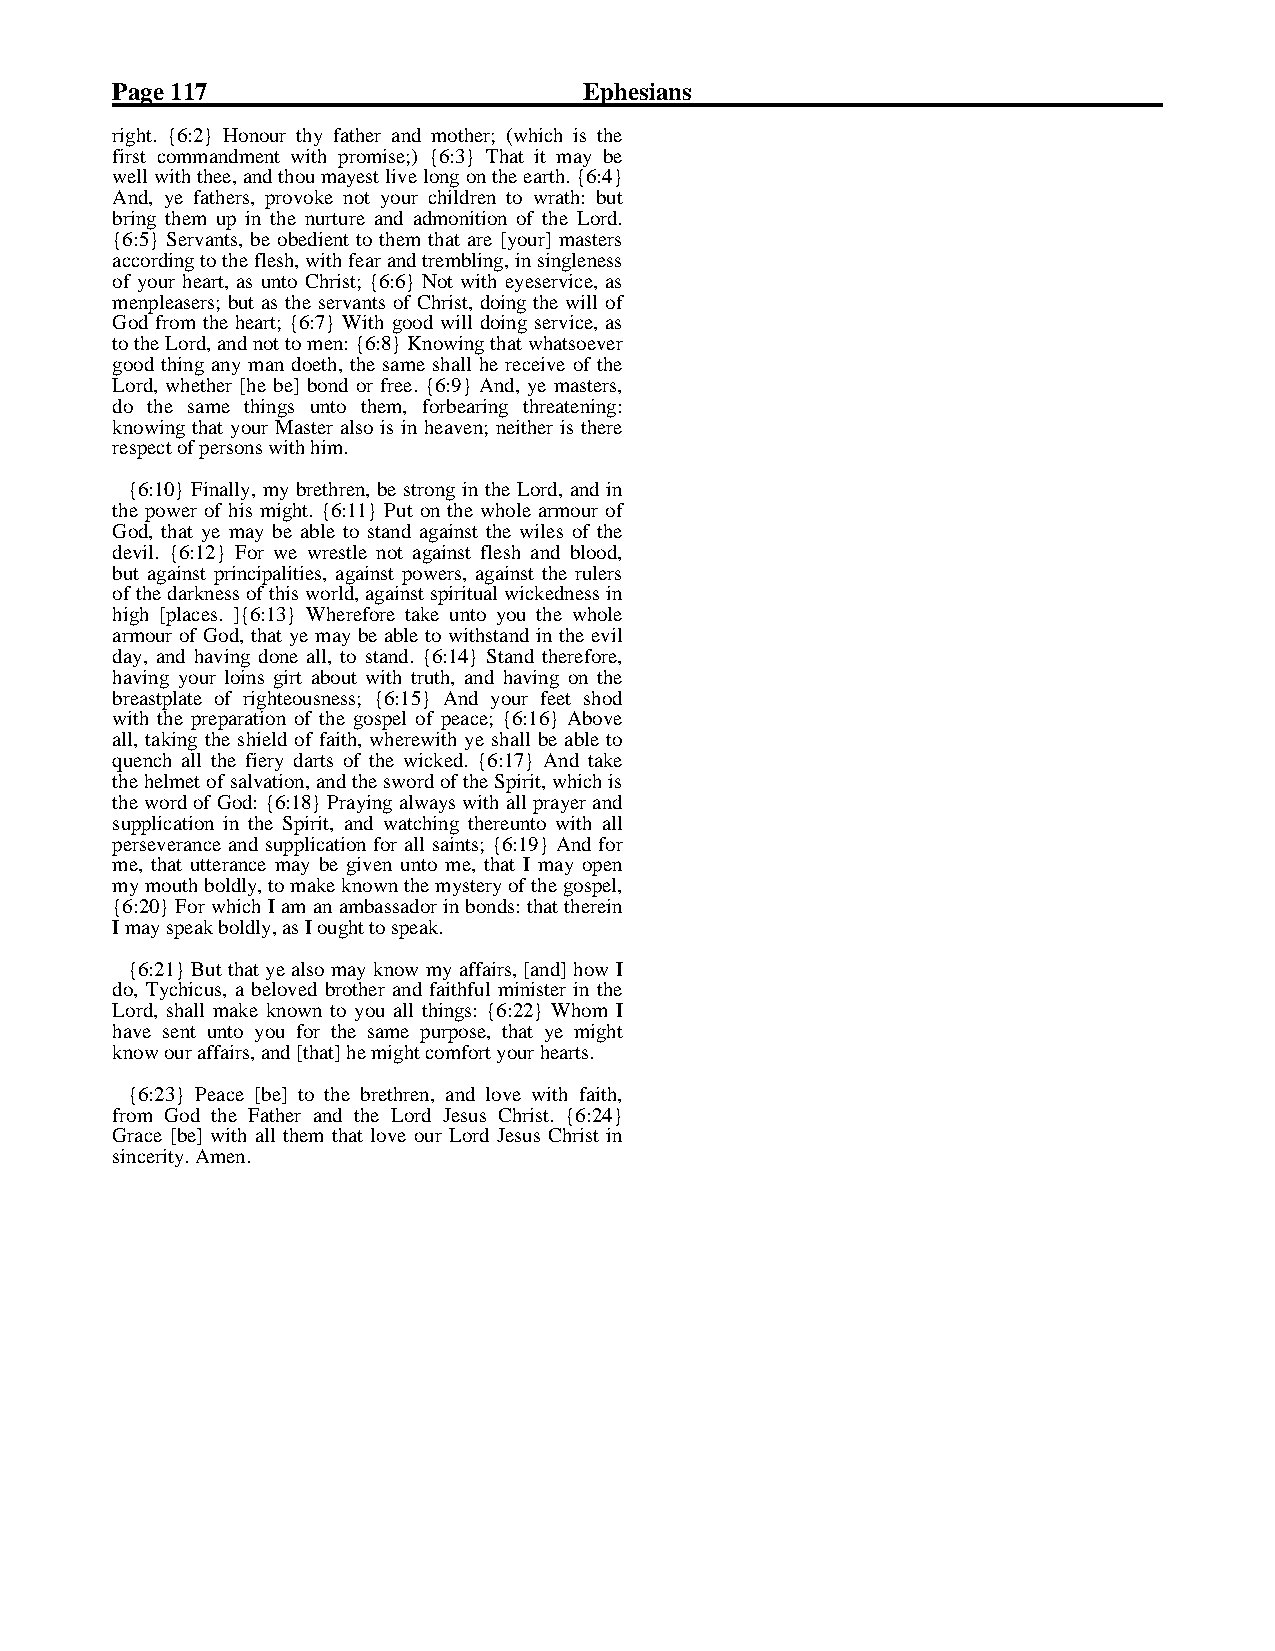
Page 117                        Ephesians
 right. {6:2} Honour thy father and mother; (which is thefirst commandment with promise;) {6:3} That it may bewell with thee, and thou mayest live long on the earth. {6:4}And, ye fathers, provoke not your children to wrath: butbring them up in the nurture and admonition of the Lord.{6:5} Servants, be obedient to them that are [your] mastersaccording to the flesh, with fear and trembling, in singlenessof your heart, as unto Christ; {6:6} Not with eyeservice, asmenpleasers; but as the servants of Christ, doing the will ofGod from the heart; {6:7} With good will doing service, asto the Lord, and not to men: {6:8} Knowing that whatsoevergood thing any man doeth, the same shall he receive of theLord, whether [he be] bond or free. {6:9} And, ye masters,do the same things unto them, forbearing threatening:knowing that your Master also is in heaven; neither is there
 respect of persons with him.
 th{e 6p:1o0w}e rF ionfa hlliys, mmiyg hbtr.e {th6r:e1n1,} b Peu stt roonn gth ien wthheo lLeo arrdm, aonudr oinfGod, that ye may be able to stand against the wiles of thedevil. {6:12} For we wrestle not against flesh and blood,but against principalities, against powers, against the rulersof the darkness of this world, against spiritual wickedness inhigh [places. ]{6:13} Wherefore take unto you the wholearmour of God, that ye may be able to withstand in the evilday, and having done all, to stand. {6:14} Stand therefore,having your loins girt about with truth, and having on thebreastplate of righteousness; {6:15} And your feet shodwith the preparation of the gospel of peace; {6:16} Aboveall, taking the shield of faith, wherewith ye shall be able toquench all the fiery darts of the wicked. {6:17} And takethe helmet of salvation, and the sword of the Spirit, which isthe word of God: {6:18} Praying always with all prayer andsupplication in the Spirit, and watching thereunto with allperseverance and supplication for all saints; {6:19} And forme, that utterance may be given unto me, that I may openmy mouth boldly, to make known the mystery of the gospel,{6:20} For which I am an ambassador in bonds: that therein
 I may speak boldly, as I ought to speak.
 do{,6 T:2y1c}h iBcuust , tha abt eyleo vaelsdo b mroatyh ekrn aonwd mfayit haffufal irms,i n[aisntder] hino wth eILord, shall make known to you all things: {6:22} Whom Ihave sent unto you for the same purpose, that ye might
 know our affairs, and [that] he might comfort your hearts.
 fro{m6: 2G3}o dP etahcee F[abteh]e rt oa nthde thbere tLhroernd, Jaensdu sl oCvhe riwsti.t h{ 6f:a2it4h},Grace [be] with all them that love our Lord Jesus Christ in
 sincerity. Amen.